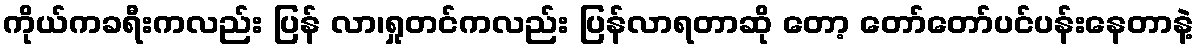
ကိုယ်ကခရီးကလည်း ပြန် လာ၊ရှုတင်ကလည်း ပြန်လာရတာဆို တော့ တော်တော်ပင်ပန်းနေတာနဲ့